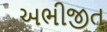
અભીજીત